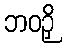
ဘဝဉှိ